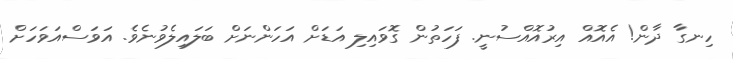
ހިނގާ ދާން! އެއޮއް އިރުއޮއްސުނީ. ފަހަތުން ގޮވައިލި އަޑަށް އަހަންނަށް ބަލައިލެވުނެވެ. އަވަސްއަވަހަށް